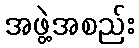
အဖွဲ့အစည်း